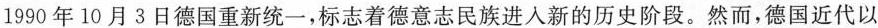
1990年10月3日德国重新统一，标志着德意志民族进入新的历史阶段。然而，德国近代以